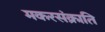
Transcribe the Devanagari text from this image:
मकरसंक्राति